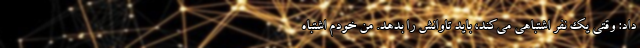
داد: وقتی یک نفر اشتباهی می‌کند، باید تاوانش را بدهد. من خودم اشتباه